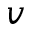
v